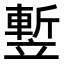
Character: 𥪭